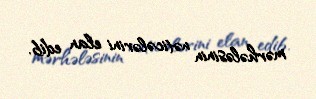
mərhələsinin nəticələrini elan edib.